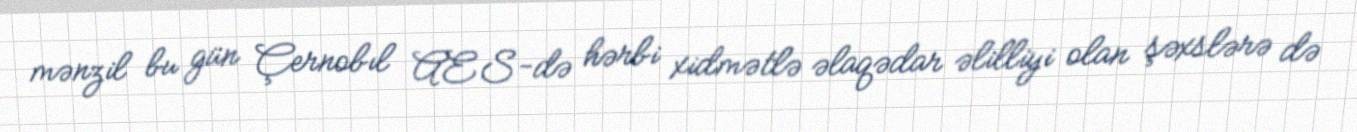
mənzil bu gün Çernobıl AES-də hərbi xidmətlə əlaqədar əlilliyi olan şəxslərə də